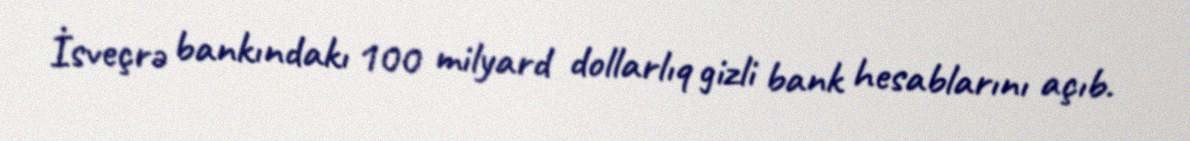
İsveçrə bankındakı 100 milyard dollarlıq gizli bank hesablarını açıb.